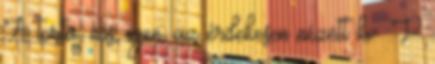
A torta, nos, igen, az érdekesen nézett ki. :P